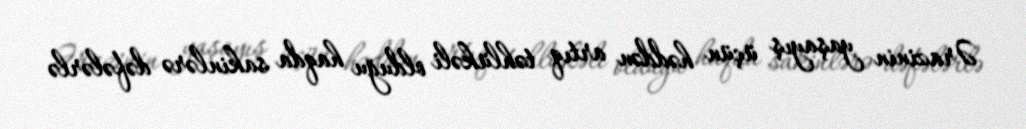
Ərazinin yaşayış üçün həddən artıq təhlükəli olduğu haqda sakinlərə dəfələrlə